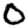
Digit: 0